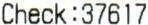
CHECK:37617